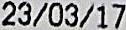
23/03/2017